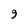
Character: 9